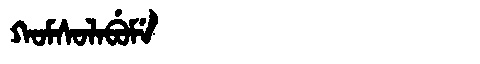
Manchu: ᡴᠣᠮᠰᠣᠯᠠᠪᡠᠮᡝ
Romanization: KOMSOLABUME